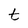
Character: t